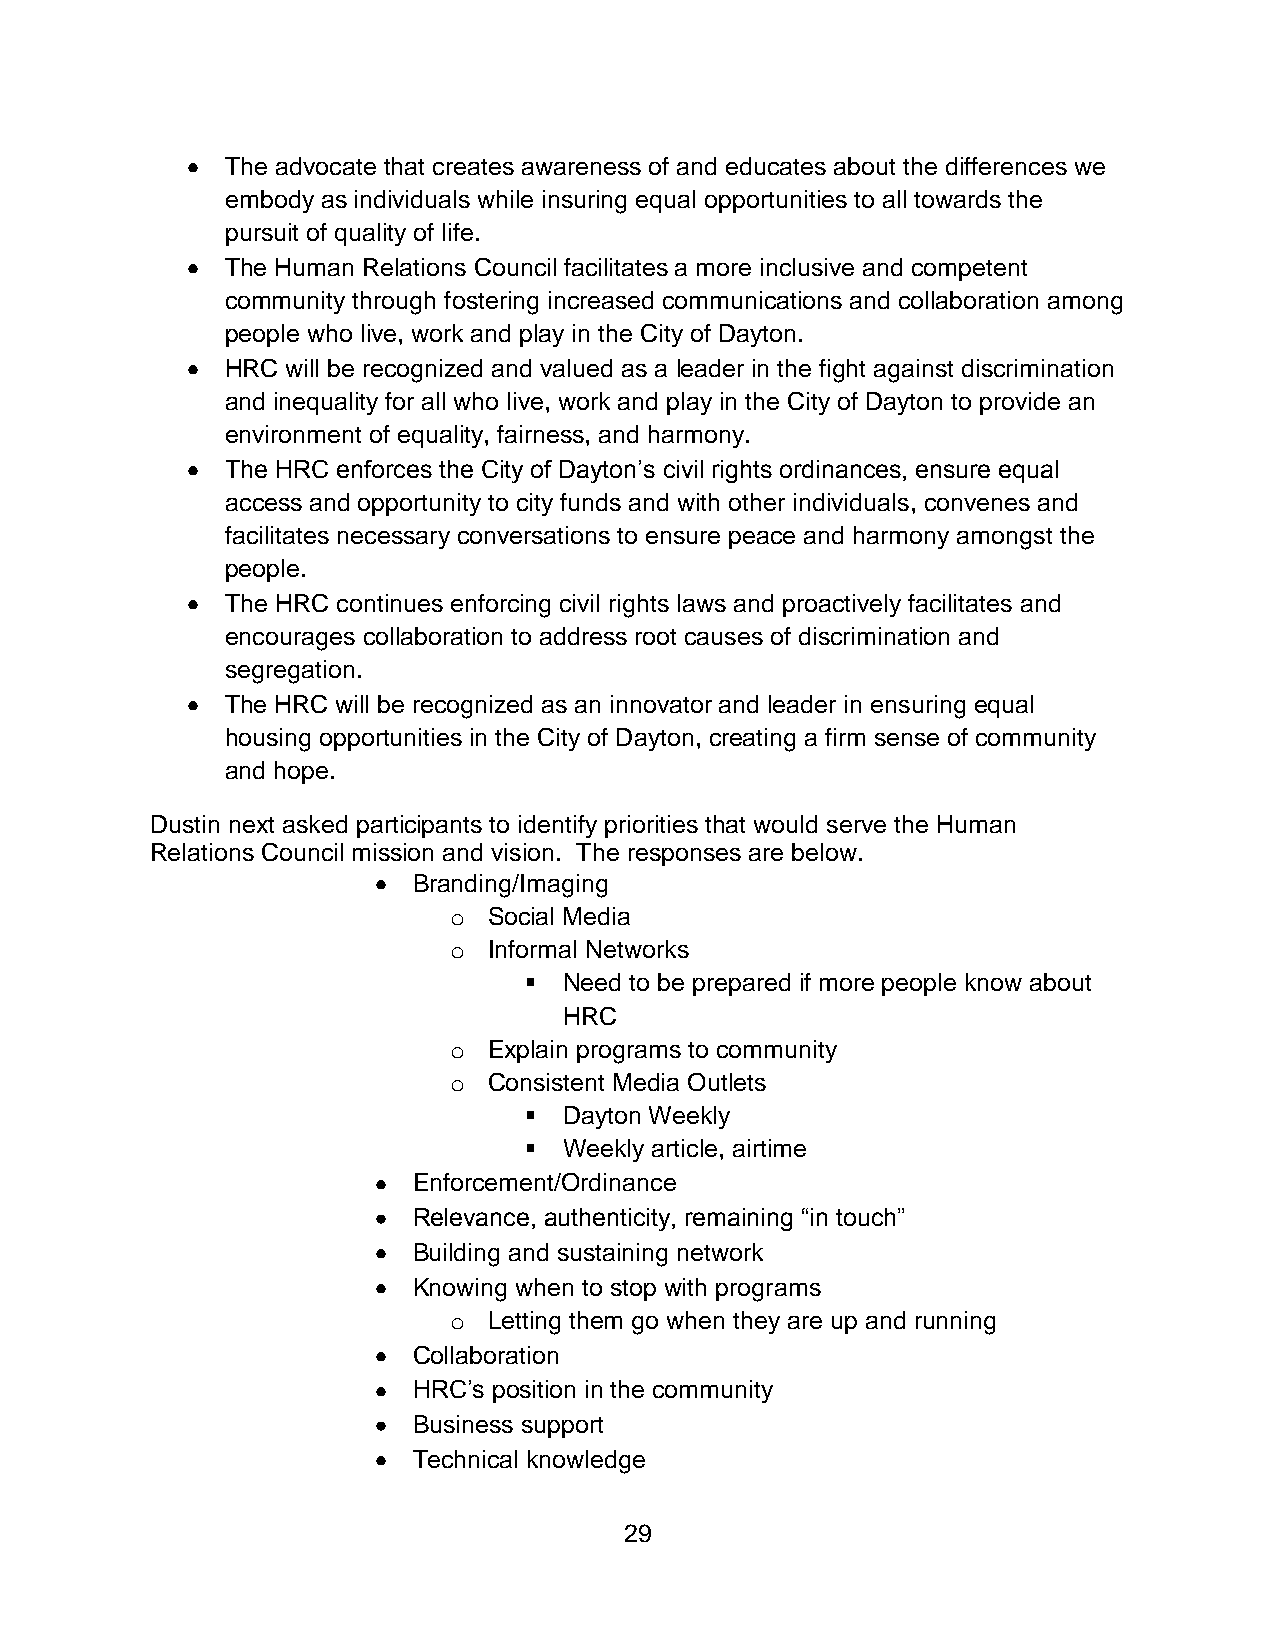
The advocate that creates awareness of and educates about the differences we
 embody as individuals while insuring equal opportunities to all towards the
 pursuit of quality of life.
 The Human Relations Council facilitates a more inclusive and competent
 community through fostering increased communications and collaboration among
 people who live, work and play in the City of Dayton.
 HRC will be recognized and valued as a leader in the fight against discrimination
 and inequality for all who live, work and play in the City of Dayton to provide an
 environment of equality, fairness, and harmony.
 The HRC enforces the City of Dayton’s civil rights ordinances, ensure equal
 access and opportunity to city funds and with other individuals, convenes and
 facilitates necessary conversations to ensure peace and harmony amongst the
 people.
 The HRC continues enforcing civil rights laws and proactively facilitates and
 encourages collaboration to address root causes of discrimination and
 segregation.
 The HRC will be recognized as an innovator and leader in ensuring equal
 housing opportunities in the City of Dayton, creating a firm sense of community
 and hope.
 Dustin next asked participants to identify priorities that would serve the Human
 Relations Council mission and vision. The responses are below.
 Branding/Imaging
 o Social Media
 o Informal Networks
  Need to be prepared if more people know about
 HRC
 o Explain programs to community
 o Consistent Media Outlets
  Dayton Weekly
  Weekly article, airtime
 Enforcement/Ordinance
 Relevance, authenticity, remaining “in touch”
 Building and sustaining network
 Knowing when to stop with programs
 o Letting them go when they are up and running
 Collaboration
 HRC’s position in the community
 Business support
 Technical knowledge
 29